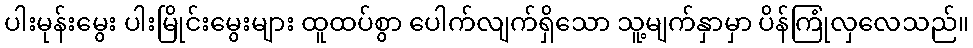
ပါးမုန်းမွေး ပါးမြိုင်းမွေးများ ထူထပ်စွာ ပေါက်လျက်ရှိသော သူ့မျက်နှာမှာ ပိန်ကြုံလှလေသည်။